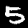
Label: 5